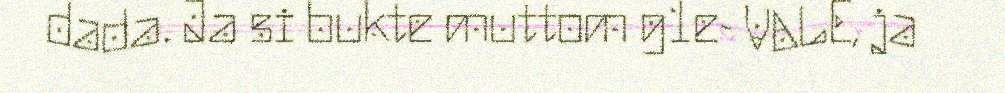
dada. Ja si bukte muttom g1e- VALE, ja